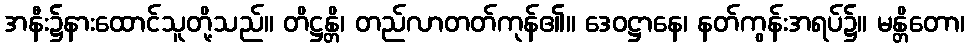
အနီး၌နားထောင်သူတို့သည်။ တိဋ္ဌန္တိ၊ တည်လာတတ်ကုန်၏။ ဒေဝဋ္ဌာနေ၊ နတ်ကွန်းအရပ်၌။ မန္တိတော၊